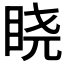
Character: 𬑒